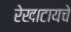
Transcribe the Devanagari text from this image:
रेखाटायचे